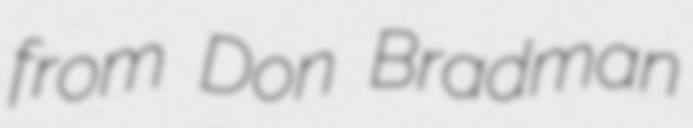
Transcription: from Don Bradman